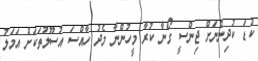
ކުޑަ ކުދިންނަށް ޖިންސީ ގޯނާ ކުރާ މީހުންނާ މެދު ހާއްސަ އުސޫލުތަކަށް އަމަލު